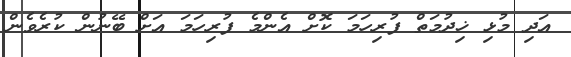
އަދި މުޅި ޚިދުމަތް ފުރިހަމަ ކޮށް އެންމެ ފުރިހަމަ އަށް ބޭނުން ކުރެވެން